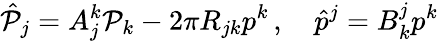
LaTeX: \hat{\cal P}_{j}=A_{j}^{k}{\cal P}_{k}-2\pi R_{jk}p^{k}\, ,\quad\hat{p}^{j}=B_{k}^{j}p^{k}